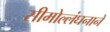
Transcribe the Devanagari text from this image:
सीमोल्लंघनाने